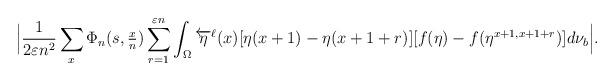
LaTeX: \begin{align*}\Big|\frac{1}{2 \varepsilon n^2}\sum_{x} \Phi_n(s, \tfrac{x}{n} ) \sum_{r=1}^{\varepsilon n} \int_{\Omega}\overleftarrow{\eta}^{\ell}(x) [\eta(x+1)-\eta(x+1+r) ] [f(\eta)-f(\eta^{x+1,x+1+r})] d\nu_{b} \Big|.\end{align*}